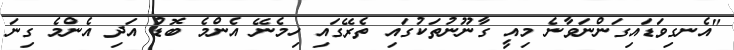
"އެނގިވަޑައިގަންނަވާނެ މިއީ ގާނޫނުތަކުގައި ތެރޭގައި ހިމެނޭ އެންމެ ބޮޑު އަދި އެންމެ ގިނަ